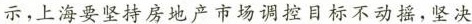
示，上海要坚持房地产市场调控目标不动摇，坚决